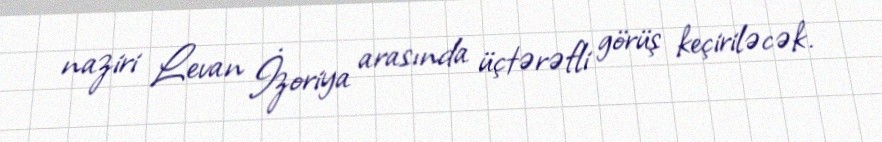
naziri Levan İzoriya arasında üçtərəfli görüş keçiriləcək.